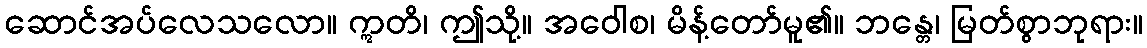
ဆောင်အပ်လေသလော။ ဣတိ၊ ဤသို့။ အဝေါစ၊ မိန့်တော်မူ၏။ ဘန္တေ၊ မြတ်စွာဘုရား။